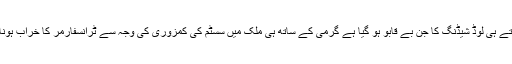
سیزن کے شروع ہوتے ہی لوڈ شیڈنگ کا جن بے قابو ہو گیا ہے گرمی کے ساتھ ہی ملک میں سسٹم کی کمزوری کی وجہ سے ٹرانسفارمر کا خراب ہونا معمومل بن گیا ہے۔